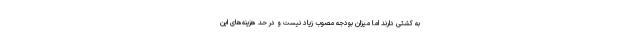
به کشتی دارند اما میزان بودجه مصوب زیاد نیست و در حد هزینه‌های این